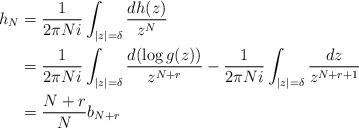
LaTeX: \begin{align*}h_N&=\frac{1}{2\pi N i }\int_{|z|=\delta}\frac{ d h(z)}{z^{N}} \\&=\frac{1}{2\pi N i }\int_{|z|=\delta}\frac{ d (\log g(z))}{z^{N+r}}-\frac{1}{2\pi N i }\int_{|z|=\delta}\frac{ d z}{z^{N+r+1}} \\ &= \frac{N+r}{N} b_{N+r}\end{align*}